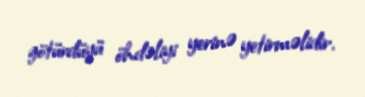
götürdüyü öhdəliyi yerinə yetirməlidir.